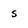
Character: s